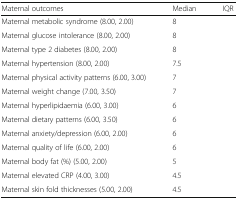
<table><thead><tr><td><b>Maternal outcomes</b></td><td><b>Median</b></td><td><b>IQR</b></td></tr></thead><tbody><tr><td>Maternal metabolic syndrome (8.00, 2.00)</td><td>8</td><td>[EMPTY_CELL]</td></tr><tr><td>Maternal glucose intolerance (8.00, 2.00)</td><td>8</td><td>[EMPTY_CELL]</td></tr><tr><td>Maternal type 2 diabetes (8.00, 2.00)</td><td>8</td><td>[EMPTY_CELL]</td></tr><tr><td>Maternal hypertension (8.00, 2.00)</td><td>7.5</td><td>[EMPTY_CELL]</td></tr><tr><td>Maternal physical activity patterns (6.00, 3.00)</td><td>7</td><td>[EMPTY_CELL]</td></tr><tr><td>Maternal weight change (7.00, 3.50)</td><td>7</td><td>[EMPTY_CELL]</td></tr><tr><td>Maternal hyperlipidaemia (6.00, 3.00)</td><td>6</td><td>[EMPTY_CELL]</td></tr><tr><td>Maternal dietary patterns (6.00, 3.50)</td><td>6</td><td>[EMPTY_CELL]</td></tr><tr><td>Maternal anxiety/depression (6.00, 2.00)</td><td>6</td><td>[EMPTY_CELL]</td></tr><tr><td>Maternal quality of life (6.00, 2.00)</td><td>6</td><td>[EMPTY_CELL]</td></tr><tr><td>Maternal body fat (%) (5.00, 2.00)</td><td>5</td><td>[EMPTY_CELL]</td></tr><tr><td>Maternal elevated CRP (4.00, 3.00)</td><td>4.5</td><td>[EMPTY_CELL]</td></tr><tr><td>Maternal skin fold thicknesses (5.00, 2.00)</td><td>4.5</td><td>[EMPTY_CELL]</td></tr></tbody></table>